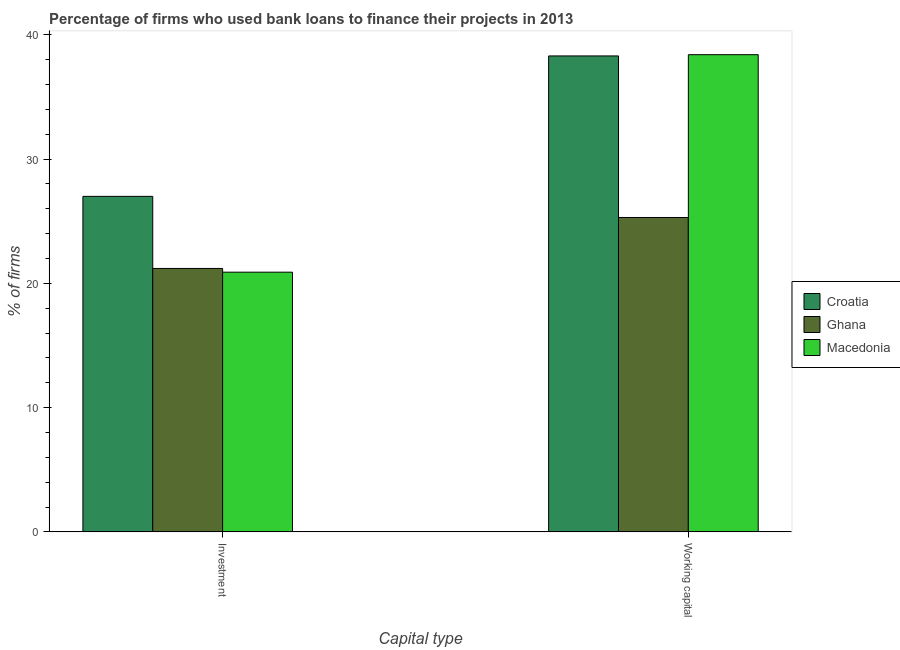
| Capital type | Croatia | Ghana | Macedonia |
 | --- | --- | --- | --- |
 | Investment | 27 | 21.2 | 20.9 |
 | Working capital | 38.3 | 25.3 | 38.4 |